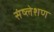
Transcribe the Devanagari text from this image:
संष्लेशण